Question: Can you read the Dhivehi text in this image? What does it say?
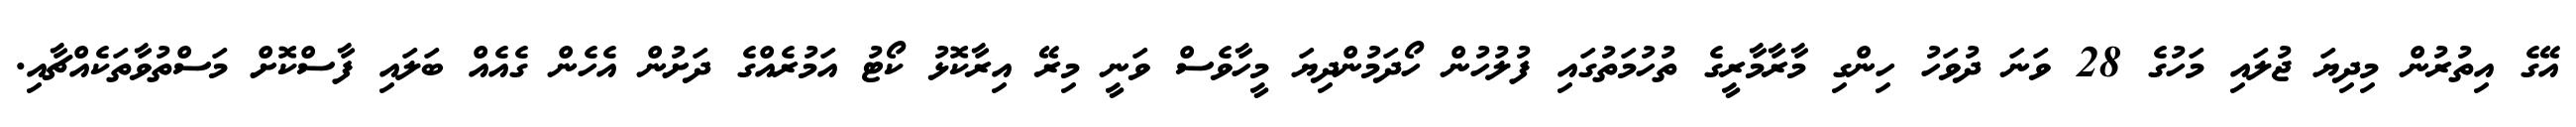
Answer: އޭގެ އިތުރުން މިދިޔަ ޖުލައި މަހުގެ 28 ވަނަ ދުވަހު ހިންގި މާރާމާރީގެ ތުހުމަތުގައި ފުލުހުން ހޯދަމުންދިޔަ މީހާވެސް ވަނީ މިރޭ އިރާކޮޅު ކޯޓު އަމުރެއްގެ ދަށުން އެހެން ގެއެއް ބަލައި ފާސްކޮށް މަސްތުވާތަކެއްޗާއި.